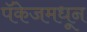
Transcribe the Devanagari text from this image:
पॅकेजमधून